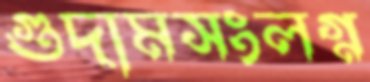
গুদামসংলগ্ন